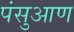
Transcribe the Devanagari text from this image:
पंसुआण